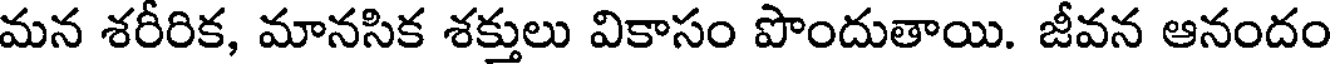
మన శరీరిక, మానసిక శక్తులు వికాసం పొందుతాయి. జీవన ఆనందం